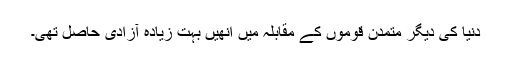
دنیا کی دیگر متمدن قوموں کے مقابلہ میں انھیں بہت زیادہ آزادی حاصل تھی۔